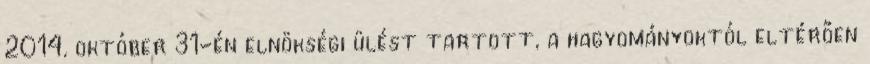
2014. október 31-én elnökségi ülést tartott, a hagyományoktól eltérően